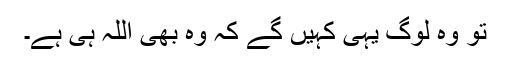
تو وہ لوگ یہی کہیں گے کہ وہ بھی اللہ ہی ہے۔